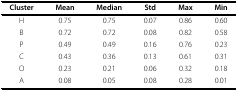
| Cluster | Mean | Median | Std | Max | Min |
 | --- | --- | --- | --- | --- | --- |
 | H | 0.75 | 0.75 | 0.07 | 0.86 | 0.60 |
 | B | 0.72 | 0.72 | 0.08 | 0.82 | 0.58 |
 | P | 0.49 | 0.49 | 0.16 | 0.76 | 0.23 |
 | C | 0.43 | 0.36 | 0.13 | 0.61 | 0.31 |
 | O | 0.23 | 0.21 | 0.06 | 0.32 | 0.18 |
 | A | 0.08 | 0.05 | 0.08 | 0.28 | 0.01 |